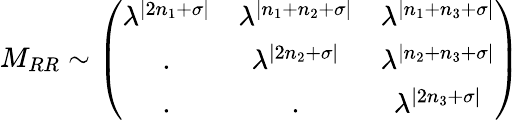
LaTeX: M_{RR}\sim\left(\begin{array}{ccc}{{\lambda^{|2n_{1}+\sigma|}}}&{{\lambda^{|n_{1}+n_{2}+\sigma|}}}&{{\lambda^{|n_{1}+n_{3}+\sigma|}}}\\ {{.}}&{{\lambda^{|2n_{2}+\sigma|}}}&{{\lambda^{|n_{2}+n_{3}+\sigma|}}}\\ {{.}}&{{.}}&{{\lambda^{|2n_{3}+\sigma|}}}\end{array}\right)